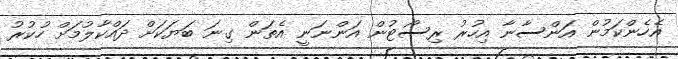
އެހެންކަމުން އަންސާނާ އިހުރު ރިސޯޓުން އަންނަނީ އެތަން ގިނަ ބަޔަކަށް ދައްކާލުމަށް ހުކުރު